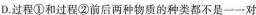
D.过程①和过程②前后两种物质的种类都不是一一对